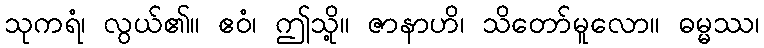
သုကရံ၊ လွယ်၏။ ဧဝံ၊ ဤသို့။ ဇာနာဟိ၊ သိတော်မူလော။ ဓမ္မဿ၊